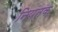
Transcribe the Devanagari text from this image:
नियंतक